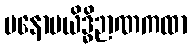
မနောမယိဒ္ဓိဉာဏကထာ